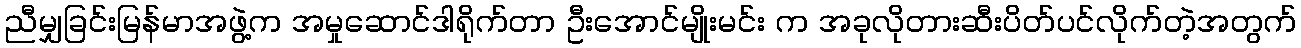
ညီမျှခြင်းမြန်မာအဖွဲ့က အမှုဆောင်ဒါရိုက်တာ ဦးအောင်မျိုးမင်း က အခုလိုတားဆီးပိတ်ပင်လိုက်တဲ့အတွက်